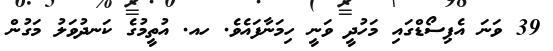
39 ވަނަ އެޕިސޯޑްގައި މަހުދީ ވަނީ ހިމަނާފައެވެ. ހއ. އުތީމުގެ ކަނދުވަލު މަގުން